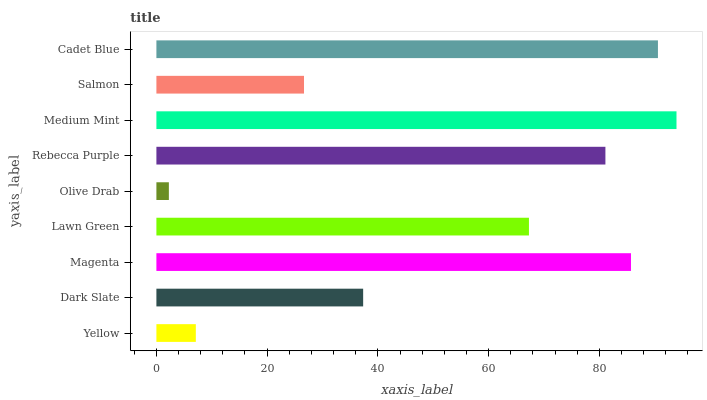
| yaxis_label | bars |
 | --- | --- |
 | Yellow | 7.12 |
 | Dark Slate | 37.3 |
 | Magenta | 85.7 |
 | Lawn Green | 67.3 |
 | Olive Drab | 2.25 |
 | Rebecca Purple | 81.1 |
 | Medium Mint | 93.9 |
 | Salmon | 26.7 |
 | Cadet Blue | 90.6 |